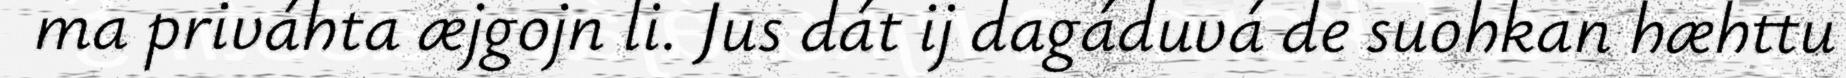
ma priváhta æjgojn li. Jus dát ij dagáduvá de suohkan hæhttu